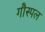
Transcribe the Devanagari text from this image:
गौस्पल